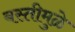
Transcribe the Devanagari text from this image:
बस्तीमुळे